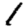
Digit: 1